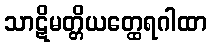
သာဋိမတ္တိယတ္ထေရဂါထာ